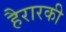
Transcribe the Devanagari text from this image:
हैरारकी